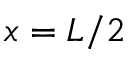
x = L / 2